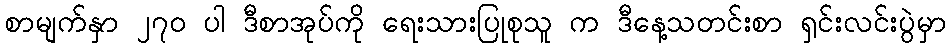
စာမျက်နှာ ၂၇၀ ပါ ဒီစာအုပ်ကို ရေးသားပြုစုသူ က ဒီနေ့သတင်းစာ ရှင်းလင်းပွဲမှာ